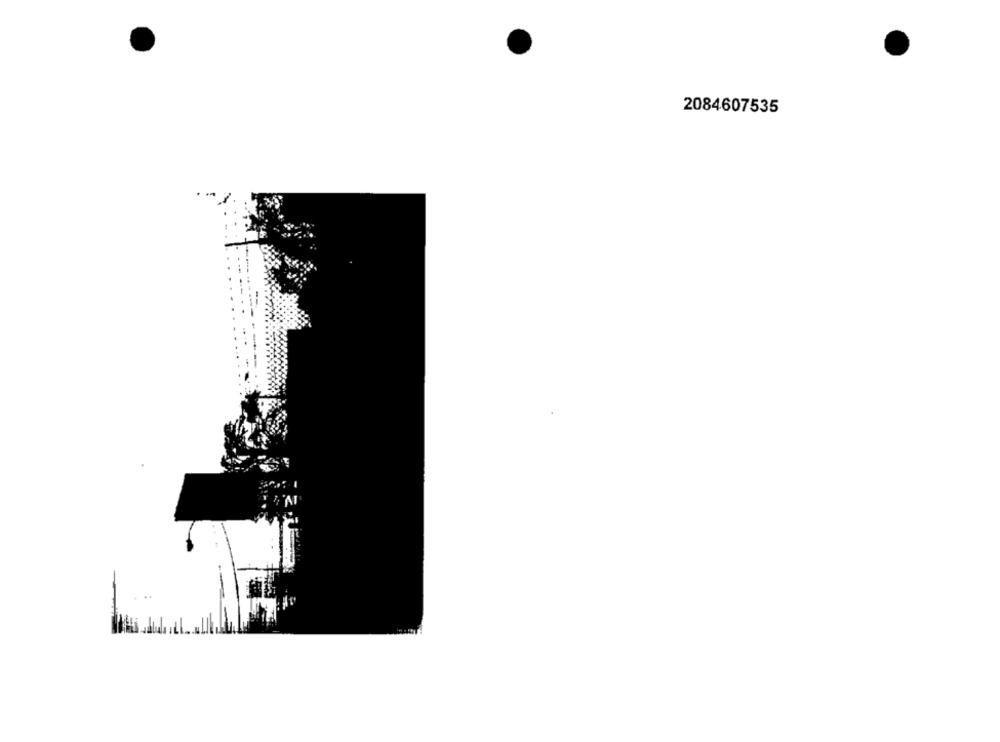
2084607535